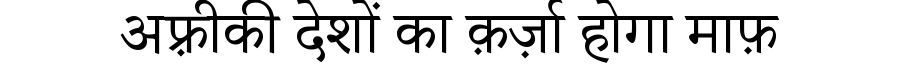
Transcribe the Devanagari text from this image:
अफ़्रीकी देशों का क़र्ज़ा होगा माफ़